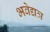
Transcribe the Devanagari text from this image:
भवेद्यत्र